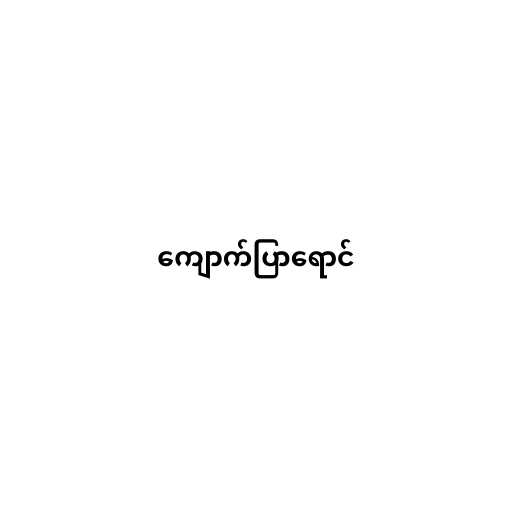
ကျောက်ပြာရောင်